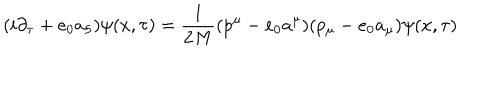
LaTeX: ( i \partial _ { \tau } + e _ { 0 } a _ { 5 } ) \psi ( x , \tau ) = \frac { 1 } { 2 M } ( p ^ { \mu } - e _ { 0 } a ^ { \mu } ) ( p _ { \mu } - e _ { 0 } a _ { \mu } ) \psi ( x , \tau )